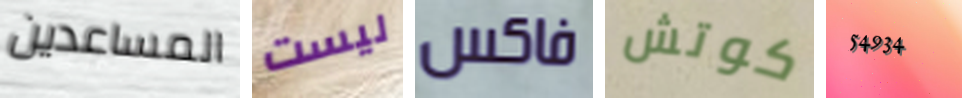
المساعدين ليست فاكس كوتش 54934